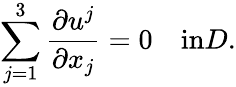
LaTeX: \sum_{j=1}^{3}\frac{\partial u^{j}}{\partial x_{j}}=0\quad\textrm{in}D.